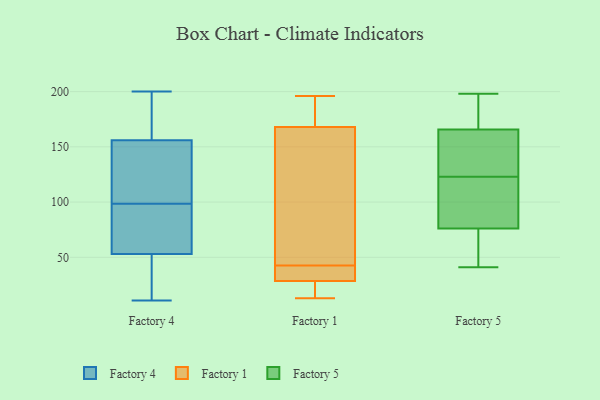
{"axis": {"x": "Headcount", "y": "Value"}, "legend": ["Factory 1", "Factory 4", "Factory 5"], "data": [{"x": "", "y": 194, "type": "Factory 4"}, {"x": "", "y": 144, "type": "Factory 4"}, {"x": "", "y": 152, "type": "Factory 4"}, {"x": "", "y": 57, "type": "Factory 4"}, {"x": "", "y": 156, "type": "Factory 4"}, {"x": "", "y": 143, "type": "Factory 4"}, {"x": "", "y": 181, "type": "Factory 4"}, {"x": "", "y": 57, "type": "Factory 4"}, {"x": "", "y": 51, "type": "Factory 4"}, {"x": "", "y": 71, "type": "Factory 4"}, {"x": "", "y": 181, "type": "Factory 4"}, {"x": "", "y": 50, "type": "Factory 4"}, {"x": "", "y": 11, "type": "Factory 4"}, {"x": "", "y": 200, "type": "Factory 4"}, {"x": "", "y": 72, "type": "Factory 4"}, {"x": "", "y": 125, "type": "Factory 4"}, {"x": "", "y": 53, "type": "Factory 4"}, {"x": "", "y": 43, "type": "Factory 4"}, {"x": "", "y": 196, "type": "Factory 1"}, {"x": "", "y": 34, "type": "Factory 1"}, {"x": "", "y": 173, "type": "Factory 1"}, {"x": "", "y": 44, "type": "Factory 1"}, {"x": "", "y": 66, "type": "Factory 1"}, {"x": "", "y": 17, "type": "Factory 1"}, {"x": "", "y": 176, "type": "Factory 1"}, {"x": "", "y": 163, "type": "Factory 1"}, {"x": "", "y": 64, "type": "Factory 1"}, {"x": "", "y": 21, "type": "Factory 1"}, {"x": "", "y": 183, "type": "Factory 1"}, {"x": "", "y": 39, "type": "Factory 1"}, {"x": "", "y": 13, "type": "Factory 1"}, {"x": "", "y": 41, "type": "Factory 1"}, {"x": "", "y": 29, "type": "Factory 1"}, {"x": "", "y": 28, "type": "Factory 1"}, {"x": "", "y": 186, "type": "Factory 5"}, {"x": "", "y": 160, "type": "Factory 5"}, {"x": "", "y": 177, "type": "Factory 5"}, {"x": "", "y": 99, "type": "Factory 5"}, {"x": "", "y": 45, "type": "Factory 5"}, {"x": "", "y": 80, "type": "Factory 5"}, {"x": "", "y": 73, "type": "Factory 5"}, {"x": "", "y": 41, "type": "Factory 5"}, {"x": "", "y": 159, "type": "Factory 5"}, {"x": "", "y": 123, "type": "Factory 5"}, {"x": "", "y": 60, "type": "Factory 5"}, {"x": "", "y": 181, "type": "Factory 5"}, {"x": "", "y": 77, "type": "Factory 5"}, {"x": "", "y": 147, "type": "Factory 5"}, {"x": "", "y": 162, "type": "Factory 5"}, {"x": "", "y": 198, "type": "Factory 5"}, {"x": "", "y": 103, "type": "Factory 5"}]}